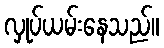
လှုပ်ယမ်းနေသည်။